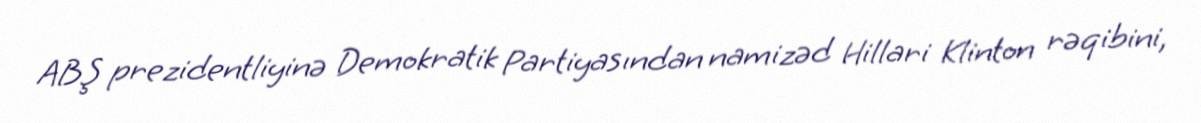
ABŞ prezidentliyinə Demokratik Partiyasından namizəd Hillari Klinton rəqibini,